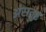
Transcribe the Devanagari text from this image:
अंसतुष्ट